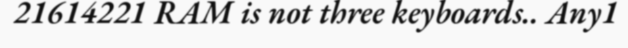
21614221 RAM is not three keyboards.. Any1